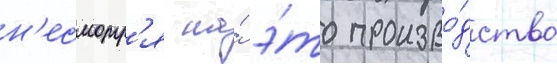
н'есмотр'я на́ э́то произво́дство